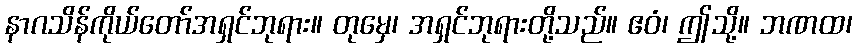
နာဂသိန်ကိုယ်တော်အရှင်ဘုရား။ တုမှေ၊ အရှင်ဘုရားတို့သည်။ ဧဝံ၊ ဤသို့။ ဘဏထ၊